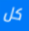
كل